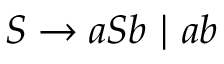
S \to a S b ~ | ~ a b